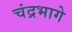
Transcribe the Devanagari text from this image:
चंद्रभागे